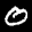
Label: 0